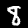
Digit: 8